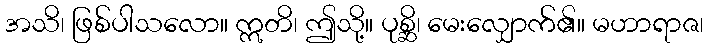
အသိ၊ ဖြစ်ပါသလော။ ဣတိ၊ ဤသို့။ ပုစ္ဆိ၊ မေးလျှောက်၏။ မဟာရာဇ၊